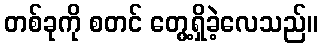
တစ်ခုကို စတင် တွေ့ရှိခဲ့လေသည်။